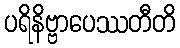
ပရိနိဗ္ဗာပေဿတီတိ